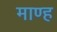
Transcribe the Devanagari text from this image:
माण्ह